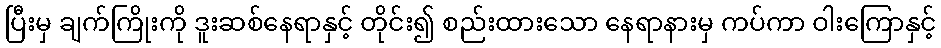
ပြီးမှ ချက်ကြိုးကို ဒူးဆစ်နေရာနှင့် တိုင်း၍ စည်းထားသော နေရာနားမှ ကပ်ကာ ဝါးကြောနှင့်